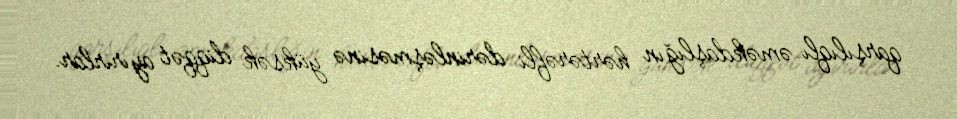
qarşılıqlı əməkdaşlığın hərtərəfli dərinləşməsinə yüksək diqqət ayırırlar.